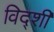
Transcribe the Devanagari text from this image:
विद्शी